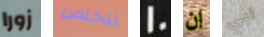
زورا تتخلص 10 ان أبي